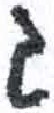
אות: ג